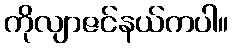
ကိုလျာဇင်နယ်ကပါ။